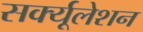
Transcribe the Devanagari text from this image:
सर्क्यूलेशन